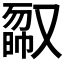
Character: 𠭿